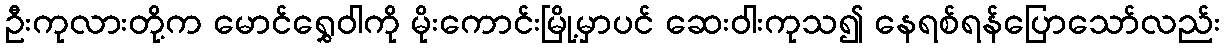
ဦးကုလားတို့က မောင်ရွှေဝါကို မိုးကောင်းမြို့မှာပင် ဆေးဝါးကုသ၍ နေရစ်ရန်ပြောသော်လည်း